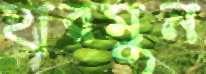
হারমুন